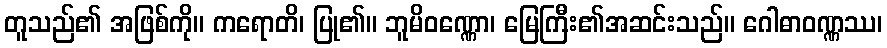
တူသည်၏ အဖြစ်ကို။ ကရောတိ၊ ပြု၏။ ဘူမိဝဏ္ဏော၊ မြေကြီး၏အဆင်းသည်။ ဂေါဓာဝဏ္ဏဿ၊